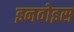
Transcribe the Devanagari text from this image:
इनवोइस